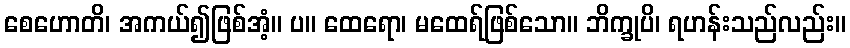
စေဟောတိ၊ အကယ်၍ဖြစ်အံ့။ ပ။ ထေရော၊ မထေရ်ဖြစ်သော။ ဘိက္ခုပိ၊ ရဟန်းသည်လည်း။